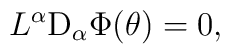
L^\alpha{\rm D}_\alpha\Phi(\theta)=0,